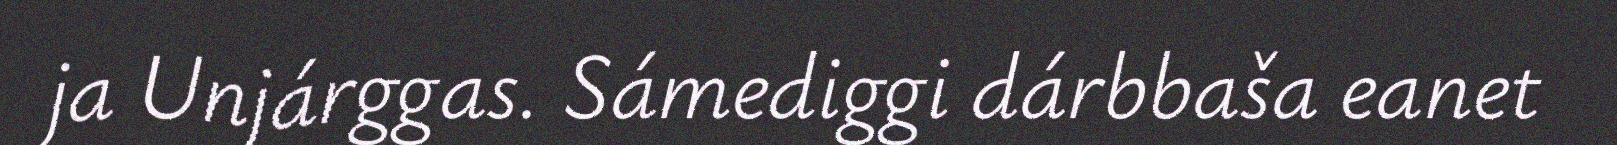
ja Unjárggas. Sámediggi dárbbaša eanet